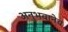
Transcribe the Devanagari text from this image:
अनुभवानेच